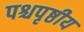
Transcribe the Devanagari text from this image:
पश्चपृष्ठीय